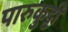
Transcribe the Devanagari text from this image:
पारुकुट्टी